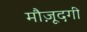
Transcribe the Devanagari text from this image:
मौज़ूदगी